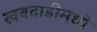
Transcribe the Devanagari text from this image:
खबदाडीमध्ये